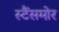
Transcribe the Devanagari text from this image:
स्टैंसमोर